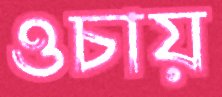
ওচায়